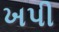
ખપી